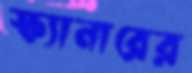
স্ক্যানারের